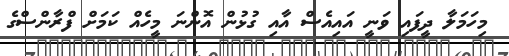
މިހަމަލާ ދީފައި ވަނީ އައިއެސް އާއި ގުޅުން އޮންނަ މީހެއް ކަމަށް ފްރާންސްގެ